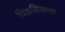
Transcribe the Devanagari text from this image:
पिकनिकचा